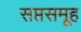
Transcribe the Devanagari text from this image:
सप्तसमूह